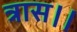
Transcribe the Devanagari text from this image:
त्रास।।